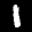
Label: 1